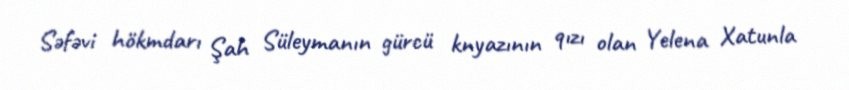
Səfəvi hökmdarı Şah Süleymanın gürcü knyazının qızı olan Yelena Xatunla